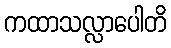
ကထာသလ္လာပေါတိ